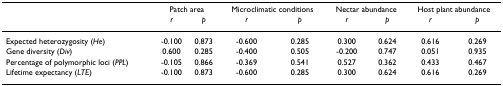
<table><thead><tr><td></td><td colspan="2"><b>Patch area</b></td><td colspan="2"><b>Microclimatic conditions</b></td><td colspan="2"><b>Nectar abundance</b></td><td colspan="2"><b>Host plant abundance</b></td></tr><tr><td></td><td><b><i>r</i></b></td><td><b><i>p</i></b></td><td><b><i>r</i></b></td><td><b><i>p</i></b></td><td><b><i>r</i></b></td><td><b><i>p</i></b></td><td><b><i>r</i></b></td><td><b><i>p</i></b></td></tr></thead><tbody><tr><td>Expected heterozygosity (<i>He</i>)</td><td>-0.100</td><td>0.873</td><td>-0.600</td><td>0.285</td><td>0.300</td><td>0.624</td><td>0.616</td><td>0.269</td></tr><tr><td>Gene diversity (<i>Div</i>)</td><td>0.600</td><td>0.285</td><td>-0.400</td><td>0.505</td><td>-0.200</td><td>0.747</td><td>0.051</td><td>0.935</td></tr><tr><td>Percentage of polymorphic loci (<i>PPL</i>)</td><td>-0.105</td><td>0.866</td><td>-0.369</td><td>0.541</td><td>0.527</td><td>0.362</td><td>0.433</td><td>0.467</td></tr><tr><td>Lifetime expectancy (<i>LTE</i>)</td><td>-0.100</td><td>0.873</td><td>-0.600</td><td>0.285</td><td>0.300</td><td>0.624</td><td>0.616</td><td>0.269</td></tr></tbody></table>